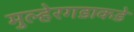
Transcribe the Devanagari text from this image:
मुल्हेरगडाकडे